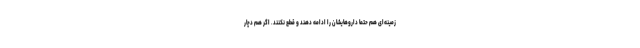
زمینه‌ای هم حتما داروهایشان را ادامه دهند و قطع نکنند. اگر هم دچار